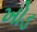
ખોડ